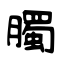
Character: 臅